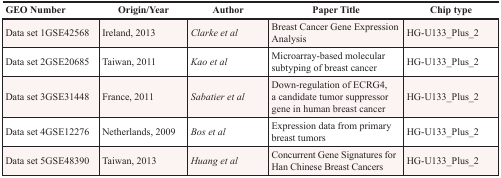
| GEO Number | Origin/Year | Author | Paper Title | Chip type |
 | --- | --- | --- | --- | --- |
 | Data set 1GSE42568 | Ireland, 2013 | Clarke et al | Breast Cancer Gene Expression Analysis | HG-U133_Plus_2 |
 | Data set 2GSE20685 | Taiwan, 2011 | Kao et al | Microarray-based molecular subtyping of breast cancer | HG-U133_Plus_2 |
 | Data set 3GSE31448 | France, 2011 | Sabatier et al | Down-regulation of ECRG4, a candidate tumor suppressor gene in human breast cancer | HG-U133_Plus_2 |
 | Data set 4GSE12276 | Netherlands, 2009 | Bos et al | Expression data from primary breast tumors | HG-U133_Plus_2 |
 | Data set 5GSE48390 | Taiwan, 2013 | Huang et al | Concurrent Gene Signatures for Han Chinese Breast Cancers | HG-U133_Plus_2 |